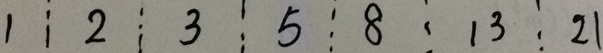
1 2 3 5 8 1 3 2 1